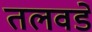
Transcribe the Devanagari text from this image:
तलवडे